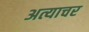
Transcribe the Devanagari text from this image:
अत्याचर